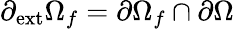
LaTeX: \partial_{\mathrm{{ext}}}\Omega_{f}=\partial\Omega_{f}\cap\partial\Omega